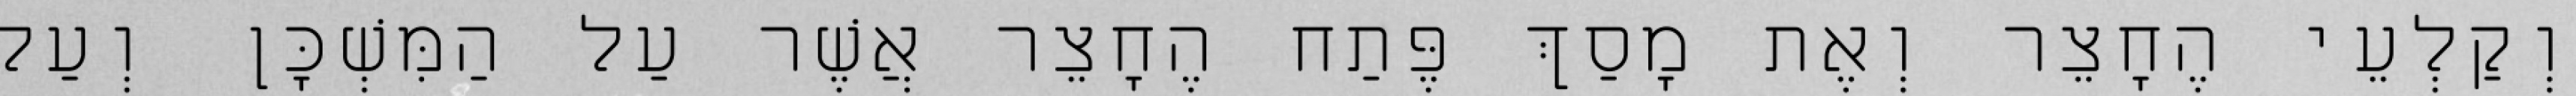
וְקַלְעֵי הֶחָצֵר וְאֶת מָסַךְ פֶּתַח הֶחָצֵר אֲשֶׁר עַל הַמִּשְׁכָּן וְעַל